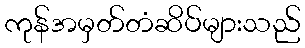
ကုန်အမှတ်တံဆိပ်များသည်